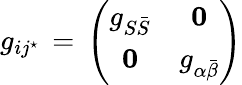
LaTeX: g_{ij^{\star}}\, =\, \left(\begin{array}{cc}{{g_{S\bar{S}}}}&{{{\mathbf 0}}}\\ {{{\mathbf 0}}}&{{g_{\alpha\bar{\beta}}}}\end{array}\right)